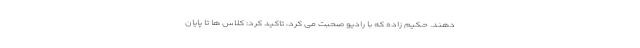
دهند. حکیم زاده که با رادیو صحبت می کرد، تاکید کرد: کلاس ها تا پایان